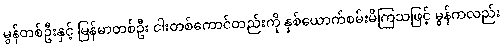
မွန်တစ်ဦးနှင့် မြန်မာတစ်ဦး ငါးတစ်ကောင်တည်းကို နှစ်ယောက်စမ်းမိကြသဖြင့် မွန်ကလည်း